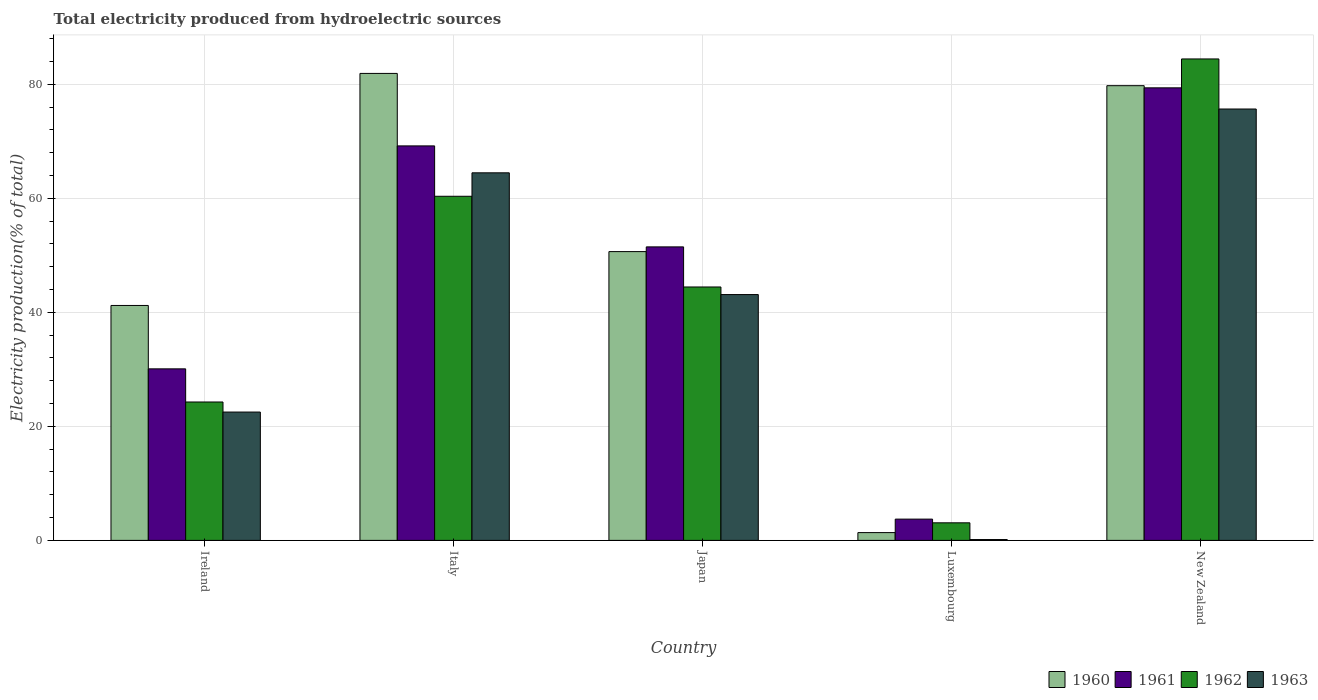
| Country | 1960 | 1961 | 1962 | 1963 |
 | --- | --- | --- | --- | --- |
 | Ireland | 41.2 | 30.1 | 24.3 | 22.5 |
 | Italy | 81.9 | 69.2 | 60.4 | 64.5 |
 | Japan | 50.6 | 51.5 | 44.4 | 43.1 |
 | Luxembourg | 1.37 | 3.73 | 3.08 | 0.148 |
 | New Zealand | 79.8 | 79.4 | 84.4 | 75.7 |